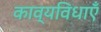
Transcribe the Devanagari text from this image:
काव्यविधाएँ